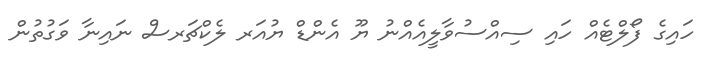
ހައިގެ ފޯލްޓެއް ހައި ސިއްސުވާލީއެއްނު ޔޫ އެންޑް ޔުއަރ ލެކްޗަރސް ނައިނާ ވަގުތުން